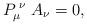
LaTeX: \begin{align*}P_{\mu}^{\; \nu} \; A_{\nu}=0,\end{align*}